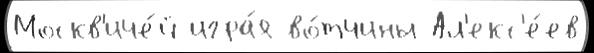
Москв'иче́й игра́я во́тчины Ал'екс'е́ев